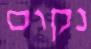
נקום